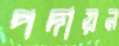
পদায়ন